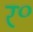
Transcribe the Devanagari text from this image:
र॰